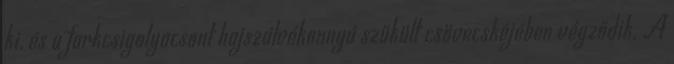
ki, és a farkcsigolyacsont hajszálvékonnyá szűkült csövecskéjében végződik. A